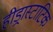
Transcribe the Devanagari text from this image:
हीड्रास्टाटिक